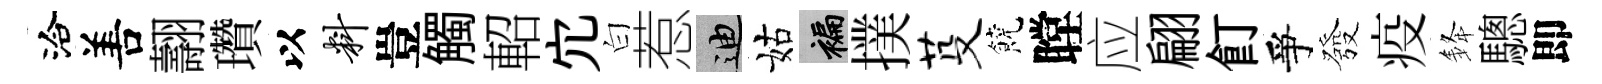
洽𠵊翿瓚以料豈觸軺宂白惹迪姑褊撲芟饒瞠应翩飣爭發疫𨦟驄即